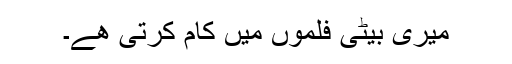
میری بیٹی فلموں میں کام کرتی ھے۔